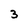
Character: 3